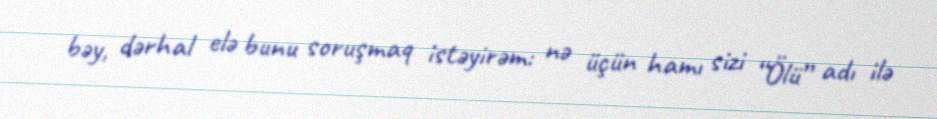
bəy, dərhal elə bunu soruşmaq istəyirəm: nə üçün hamı sizi “Ölü” adı ilə